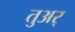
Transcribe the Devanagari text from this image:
तुअर्